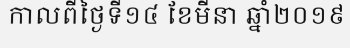
កាលពីថ្ងៃទី១៤ ខែមីនា ឆ្នាំ២០១៩